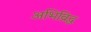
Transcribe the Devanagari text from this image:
अभिव्रिद्ध